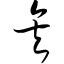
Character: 矣